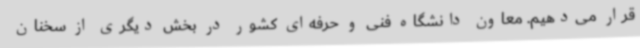
قرار می‌دهیم. معاون دانشگاه فنی و حرفه‌ای کشور در بخش دیگری از سخنان